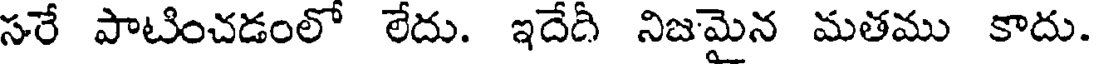
సరే పాటించడంలో లేదు. ఇదేదీ నిజమైన మతము కాదు.